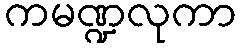
ကမဏ္ဍလုကာ